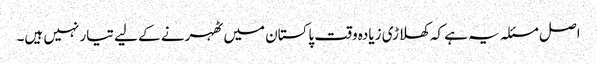
اصل مسئلہ یہ ہے کہ کھلاڑی زیادہ وقت پاکستان میں ٹھہرنے کے لیے تیار نہیں ہیں۔